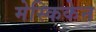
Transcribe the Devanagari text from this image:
मेस्किकेन